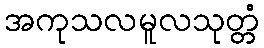
အကုသလမူလသုတ္တံ